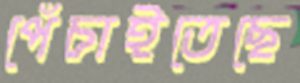
পেঁচাইতেছে